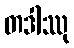
တဒါဿု